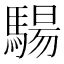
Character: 𩤟